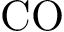
\mathrm { C O }